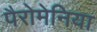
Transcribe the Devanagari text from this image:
पैरोमेनिया